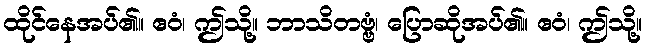
ထိုင်နေအပ်၏။ ဧဝံ၊ ဤသို့။ ဘာသိတဗ္ဗံ၊ ပြောဆိုအပ်၏။ ဧဝံ၊ ဤသို့။